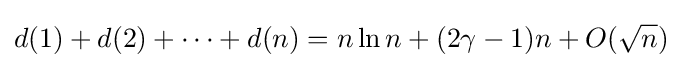
d(1)+d(2)+\cdots +d(n)=n\ln n+(2\gamma -1)n+O({\sqrt {n}})